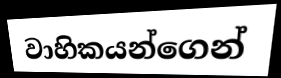
වාහිකයන්ගෙන්